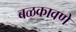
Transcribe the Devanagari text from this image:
बळकावणे